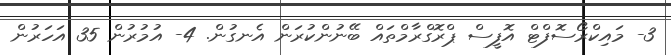
3- މައިކްރޯސޮފްޓް އޮފީސް ޕްރޮގްރާމްތައް ބޭނުންކުރަން އެނގުން. 4- އުމުރުން 35 އަހަރުން